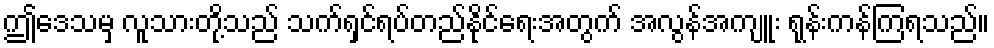
ဤဒေသမှ လူသားတို့သည် သက်ရှင်ရပ်တည်နိုင်ရေးအတွက် အလွန်အကျူး ရုန်းကန်ကြရသည်။